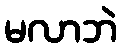
မလာဘဲ